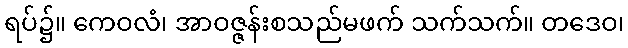
ရပ်၌။ ကေဝလံ၊ အာဝဇ္ဇန်းစသည်မဖက် သက်သက်။ တဒေဝ၊